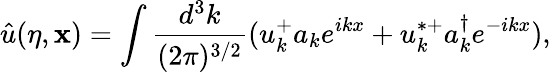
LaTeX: {\hat{u}}(\eta,{\mathbf x})=\int\frac{d^{3}k}{(2\pi)^{3/2}}(u_{k}^{+}a_{k}e^{ikx}+u_{k}^{*+}a_{k}^{\dagger}e^{-ikx}),